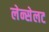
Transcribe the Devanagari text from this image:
लेन्सेलट